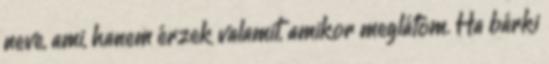
neve, ami, hanem érzek valamit, amikor meglátom. Ha bárki